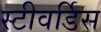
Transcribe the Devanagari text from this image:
स्‍टीवर्डिस